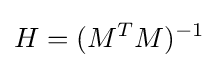
H=(M^{T}M)^{-1}